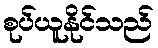
စုပ်ယူနိုင်သည်